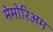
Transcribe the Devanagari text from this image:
मेमोरिअम